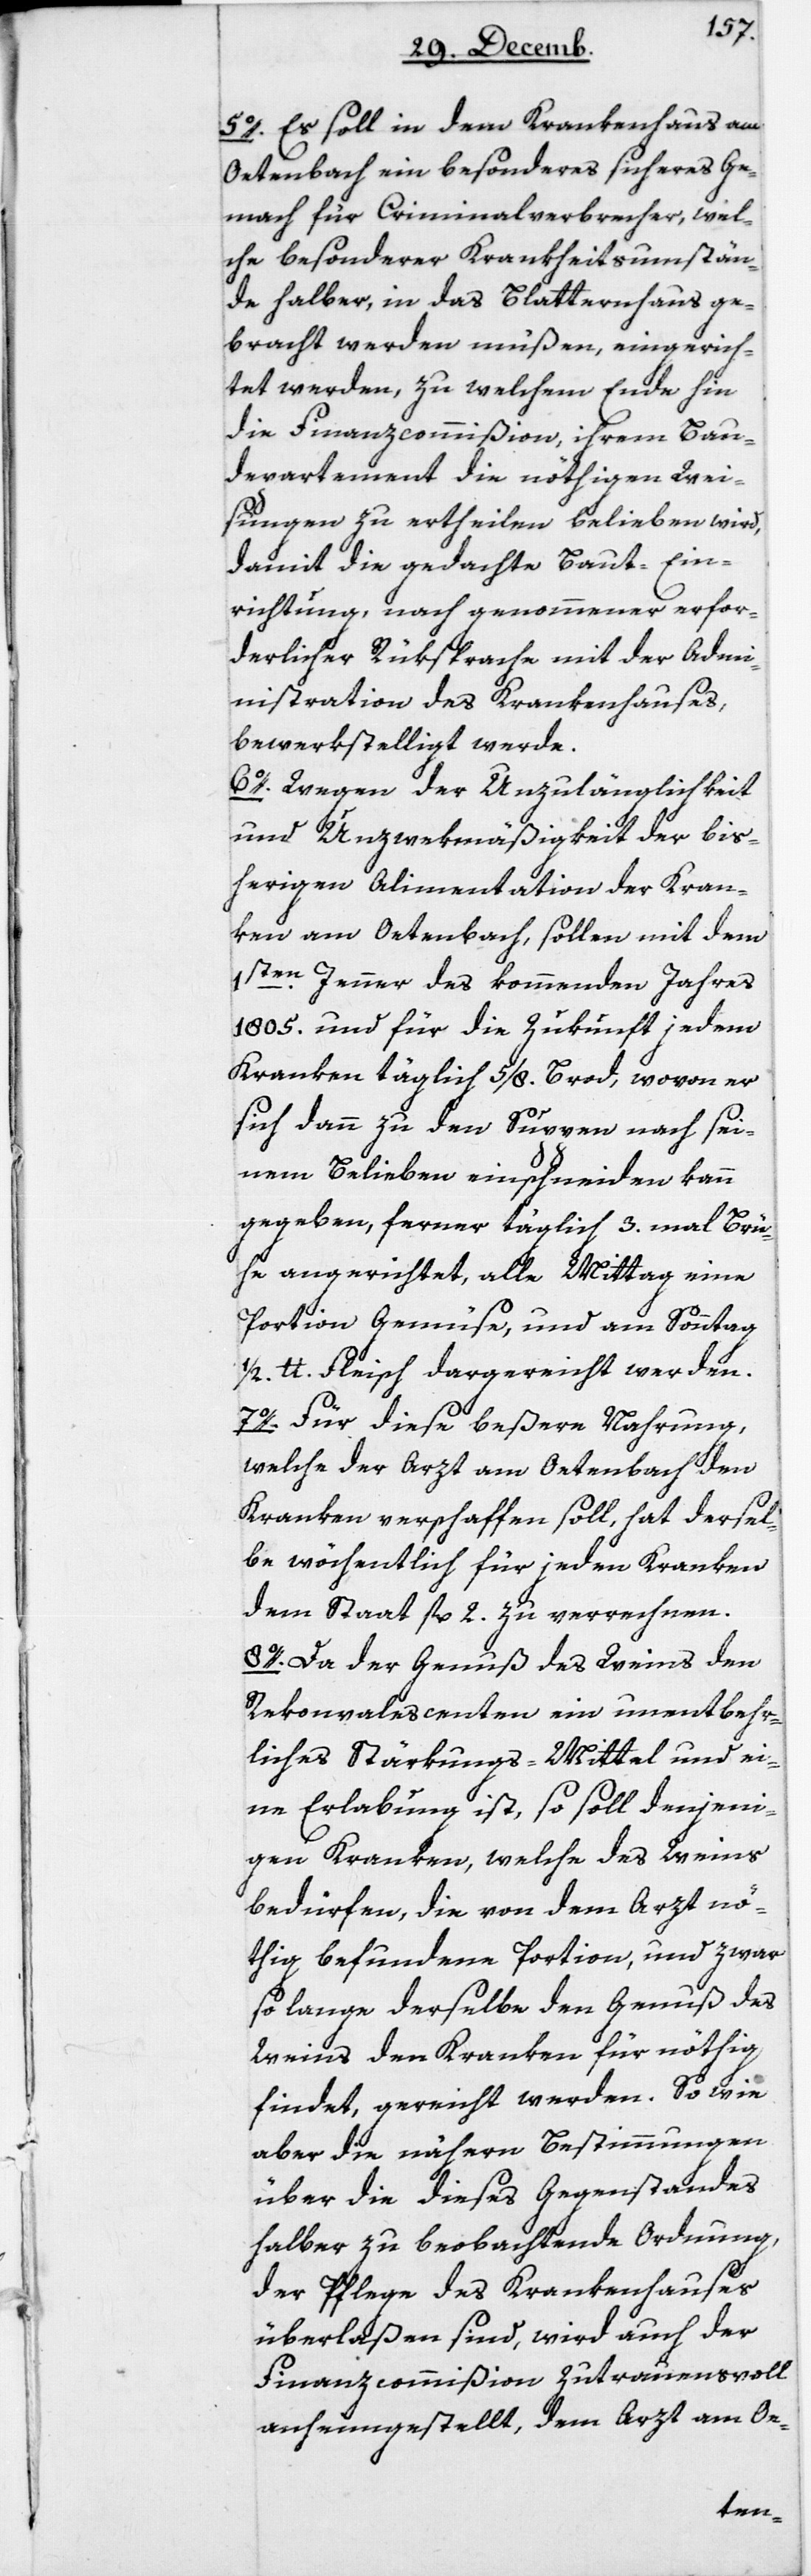
5. Es soll in dem Krankenhaus am
Oetenbach ein besonderes sicheres Ge¬
mach für Criminalverbrecher, wel¬
che besonderer Krankheits-Umstän¬
de halber in das Blatternhaus ge¬
bracht werden müßen, eingerich¬
tet werden, zu welchem Ende hin
die Finanzcommißion, ihrem Bau¬
departement die nöthigen Wei¬
sungen zu ertheilen belieben wird,
damit die gedachte Baut-Ein¬
richtung, nach genommener erfor¬
derlicher Rüksprache mit der Adm¬
inistration des Krankenhauses,
bewerkstelliget werde.
6. Wegen der Unzulänglichkeit
und Unzwekmäßigkeit der bis¬
herigen Alimentation der Kran¬
ken am Oetenbach, sollen mit dem
1sten Jenner des kommenden Jahres
1805 und für die Zukunft jedem
Kranken täglich 5/8 Brod, wovon er
sich dann zu den Suppen nach sei¬
nem Belieben einschneiden kann,
gegeben, ferner täglich 3 mal Brü¬
he angerichtet, alle Mittag eine
Portion Gemüse und am Sonntag
1/2 Pfund Fleisch dargereicht werden.
7. Für diese beßere Nahrung,
welche der Arzt am Oetenbach den
Kranken verschaffen soll, hat dersel¬
be wöchentlich für jeden Kranken
dem Staat fl 2 zu verrechnen.
8. Da der Genuß des Weins den
Rekonvalescenten ein unentbehr¬
liches Stärkungs-Mittel und ei¬
ne Erlabung ist, so soll denjeni¬
gen Kranken, welche des Weins
bedürfen, die von dem Arzt nö¬
thig befundene Portion, und zwar
so lange derselbe den Genuß des
Weins den Kranken für nöthig
findet, gereicht werden. So wie
aber die nähern Bestimmungen
über die dieses Gegenstandes
halber zu beobachtende Ordnung,
der Pflege des Krankenhauses
überlaßen sind, wird auch der
Finanzcommißion zutrauensvoll
anheimgestellt, dem Arzt am Oe-